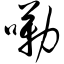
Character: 嘞